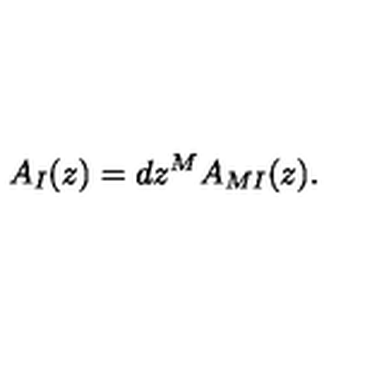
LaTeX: A _ { I } ( z ) = d z ^ { M } A _ { M I } ( z ) .